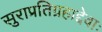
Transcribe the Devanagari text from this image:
सुराप्रतिग्रहाद्देवाः